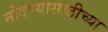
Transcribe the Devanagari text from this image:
नोंदण्यासाठीच्या